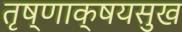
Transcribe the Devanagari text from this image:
तृष्णाक्षयसुख